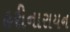
હરીનારાયન